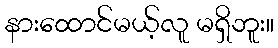
နားထောင်မယ့်လူ မရှိဘူး။